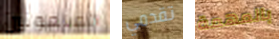
الملعونين تقدمي بالمهمة